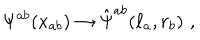
\Psi ^ { a b } ( x _ { a b } ) \rightarrow \hat { \Psi } ^ { a b } ( \ell _ { a } , r _ { b } ) \, \, ,